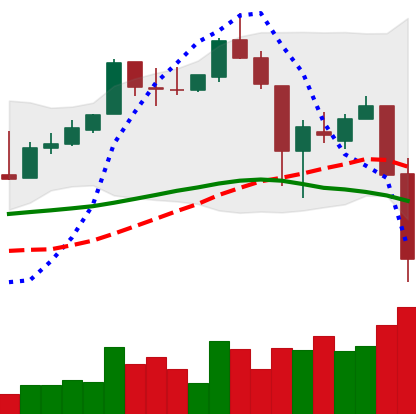
Ticker: XLM-USD
Chart end date: 2018-11-20
Forward return: -17.385%
Label: down_7plus